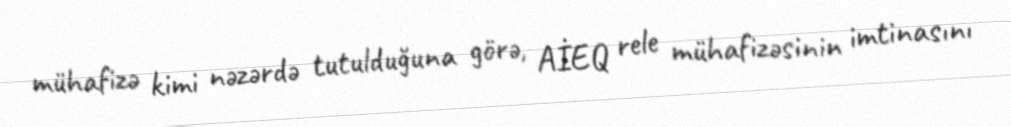
mühafizə kimi nəzərdə tutulduğuna görə, AİEQ rele mühafizəsinin imtinasını